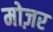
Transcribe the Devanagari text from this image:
मोज़र